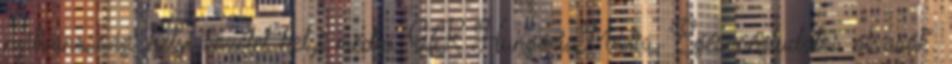
nyilvánosság, helyi közélet helyi média. GfK HungáriaMédia„ Egészségtudatos olvasók“.